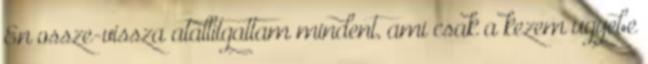
En ossze-vissza atallitgattam mindent, ami csak a kezem ugyebe